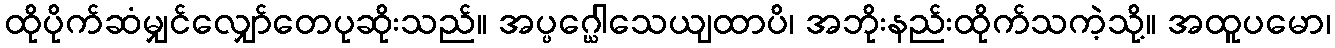
ထိုပိုက်ဆံမျှင်လျှော်တေပုဆိုးသည်။ အပ္ပဂ္ဃေါသေယျထာပိ၊ အဘိုးနည်းထိုက်သကဲ့သို့။ အထူပမော၊